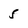
Character: 5